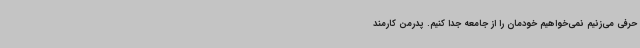
حرفی می‌زنیم نمی‌خواهیم خودمان را از جامعه جدا کنیم. پدرمن کارمند